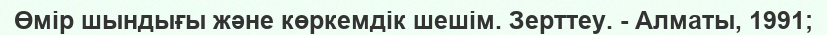
Өмір шындығы және көркемдік шешім. Зерттеу. - Алматы, 1991;